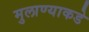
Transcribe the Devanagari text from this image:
मुलाण्याकडे